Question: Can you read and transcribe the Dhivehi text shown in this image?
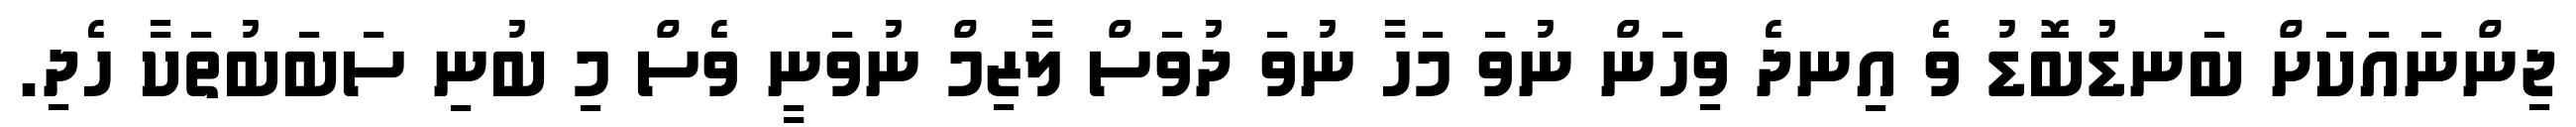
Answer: ޖިންނައަކަށް ބަނޑުބޮޑު ވެ އިނދެ ވިހަން ނުވަ މަހާ ނުވަ ދުވަސް ލާޒިމް ނުވަނީ ވެސް މި ބުނި ސަބަބުތަކާ ހެދި.